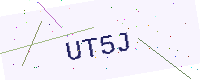
Text: UT5J